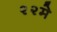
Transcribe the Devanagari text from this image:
२२मे